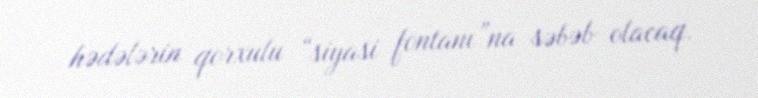
hədələrin qorxulu “siyasi fontanı”na səbəb olacaq.